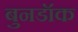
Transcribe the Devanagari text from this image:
बुनडॉक